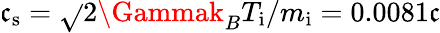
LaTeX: \mathfrak{c}_{\mathrm{{s}}}=\sqrt{}{{2\Gammak_{B}T_{\mathrm{{i}}}/m_{\mathrm{{i}}}}}=0.0081\mathfrak{c}